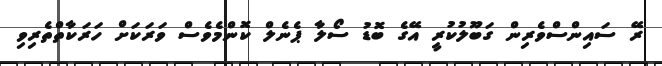
ރޭ ސައިންސްވެރިން ގަބޫލުކުރީ އޭގެ ބޮޑު ސޯލާ ޕެނެލް ކޮންމެވެސް ވަރަކަށް ހަރަކާތްތެރިވި